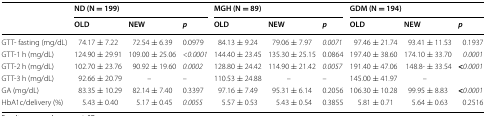
| <ROWSPAN=2>  | <COLSPAN=3> ND (N = 199) | <COLSPAN=3> MGH (N = 89) | <COLSPAN=3> GDM (N = 194) |
 | OLD | NEW | p | OLD | NEW | p | OLD | NEW | p |
 | --- | --- | --- | --- | --- | --- | --- | --- | --- | --- |
 | GTT- fasting (mg/dL) | 74.17 ± 7.22 | 72.54 ± 6.39 | 0.0979 | 84.13 ± 9.24 | 79.06 ± 7.97 | 0.0071 | 97.46 ± 21.74 | 93.41 ± 11.53 | 0.1937 |
 | GTT-1 h (mg/dL) | 124.90 ± 29.91 | 109.00 ± 25.06 | <0.0001 | 144.40 ± 23.45 | 135.30 ± 25.15 | 0.0864 | 197.40 ± 38.60 | 174.10 ± 33.70 | 0.0001 |
 | GTT-2 h (mg/dL) | 102.70 ± 23.76 | 90.92 ± 19.60 | 0.0002 | 128.80 ± 24.42 | 114.90 ± 21.42 | 0.0057 | 191.40 ± 47.06 | 148.8- ± 33.54 | <0.0001 |
 | GTT-3 h (mg/dL) | 92.66 ± 20.79 | – | – | 110.53 ± 24.88 | – | – | 145.00 ± 41.97 | – |  |
 | GA (mg/dL) | 83.35 ± 10.29 | 82.14 ± 7.40 | 0.3397 | 97.16 ± 7.49 | 95.31 ± 6.14 | 0.2056 | 106.30 ± 10.28 | 99.95 ± 8.83 | <0.0001 |
 | HbA1c/delivery (%) | 5.43 ± 0.40 | 5.17 ± 0.45 | 0.0055 | 5.57 ± 0.53 | 5.43 ± 0.54 | 0.3855 | 5.81 ± 0.71 | 5.64 ± 0.63 | 0.2516 |